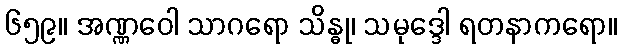
၆၅၉။ အဏ္ဏဝေါ သာဂရော သိန္ဓု၊ သမုဒ္ဒေါ ရတနာကရော။